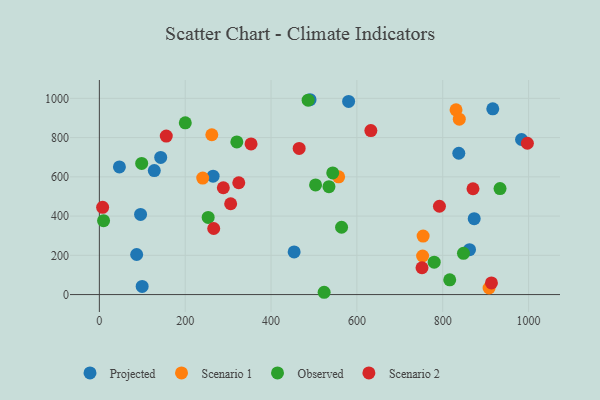
{"axis": {"x": "Speed", "y": "Yield"}, "legend": ["Observed", "Projected", "Scenario 1", "Scenario 2"], "data": [{"x": "837.4", "y": 720.1, "type": "Projected"}, {"x": "862.4", "y": 228.6, "type": "Projected"}, {"x": "873.3", "y": 387.0, "type": "Projected"}, {"x": "128.0", "y": 631.8, "type": "Projected"}, {"x": "453.8", "y": 217.4, "type": "Projected"}, {"x": "265.0", "y": 603.5, "type": "Projected"}, {"x": "983.6", "y": 790.4, "type": "Projected"}, {"x": "142.9", "y": 699.1, "type": "Projected"}, {"x": "46.7", "y": 650.5, "type": "Projected"}, {"x": "916.6", "y": 946.7, "type": "Projected"}, {"x": "96.0", "y": 408.3, "type": "Projected"}, {"x": "580.7", "y": 984.1, "type": "Projected"}, {"x": "99.7", "y": 41.5, "type": "Projected"}, {"x": "86.9", "y": 204.1, "type": "Projected"}, {"x": "490.9", "y": 993.0, "type": "Projected"}, {"x": "831.0", "y": 941.3, "type": "Scenario 1"}, {"x": "838.6", "y": 893.9, "type": "Scenario 1"}, {"x": "754.3", "y": 298.0, "type": "Scenario 1"}, {"x": "557.5", "y": 600.2, "type": "Scenario 1"}, {"x": "262.0", "y": 814.6, "type": "Scenario 1"}, {"x": "240.8", "y": 593.9, "type": "Scenario 1"}, {"x": "753.1", "y": 196.6, "type": "Scenario 1"}, {"x": "908.0", "y": 33.5, "type": "Scenario 1"}, {"x": "816.3", "y": 75.4, "type": "Observed"}, {"x": "503.7", "y": 558.8, "type": "Observed"}, {"x": "9.8", "y": 376.4, "type": "Observed"}, {"x": "543.7", "y": 620.0, "type": "Observed"}, {"x": "564.3", "y": 343.0, "type": "Observed"}, {"x": "523.7", "y": 11.7, "type": "Observed"}, {"x": "486.4", "y": 990.8, "type": "Observed"}, {"x": "933.5", "y": 540.3, "type": "Observed"}, {"x": "320.3", "y": 777.8, "type": "Observed"}, {"x": "780.1", "y": 164.9, "type": "Observed"}, {"x": "200.2", "y": 875.1, "type": "Observed"}, {"x": "534.9", "y": 549.9, "type": "Observed"}, {"x": "98.6", "y": 668.5, "type": "Observed"}, {"x": "848.3", "y": 210.3, "type": "Observed"}, {"x": "253.5", "y": 393.3, "type": "Observed"}, {"x": "751.7", "y": 136.8, "type": "Scenario 2"}, {"x": "792.3", "y": 450.1, "type": "Scenario 2"}, {"x": "913.5", "y": 59.5, "type": "Scenario 2"}, {"x": "465.5", "y": 744.9, "type": "Scenario 2"}, {"x": "266.4", "y": 336.7, "type": "Scenario 2"}, {"x": "353.4", "y": 767.5, "type": "Scenario 2"}, {"x": "997.2", "y": 771.3, "type": "Scenario 2"}, {"x": "870.5", "y": 539.2, "type": "Scenario 2"}, {"x": "7.6", "y": 444.7, "type": "Scenario 2"}, {"x": "288.8", "y": 544.5, "type": "Scenario 2"}, {"x": "632.5", "y": 836.0, "type": "Scenario 2"}, {"x": "324.8", "y": 569.8, "type": "Scenario 2"}, {"x": "155.9", "y": 807.7, "type": "Scenario 2"}, {"x": "305.9", "y": 462.9, "type": "Scenario 2"}]}